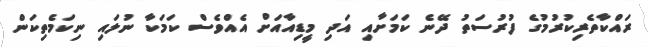
ރައްކާތެރިކުރުމުގެ ފުރުސަތު ދޭނެ ކަމަށާއި އަދި މީޑިއާއަށް އެއްވެސް ކަމަކާ ނުލައި ނިިކަމެތިކަން